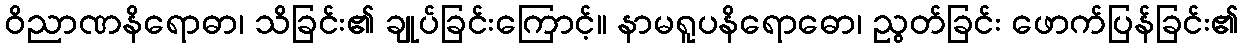
ဝိညာဏနိရောဓာ၊ သိခြင်း၏ ချုပ်ခြင်းကြောင့်။ နာမရူပနိရောဓော၊ ညွတ်ခြင်း ဖောက်ပြန်ခြင်း၏